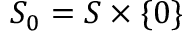
S _ { 0 } = S \times \{ 0 \}